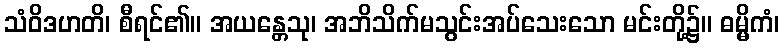
သံဝိဒဟတိ၊ စီရင်၏။ အယန္တေသု၊ အဘိသိက်မသွင်းအပ်သေးသော မင်းတို့၌။ ဓမ္မိကံ၊